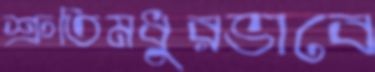
শ্রুতিমধুরভাবে